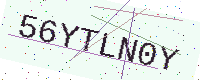
Text: 56YTLN0Y